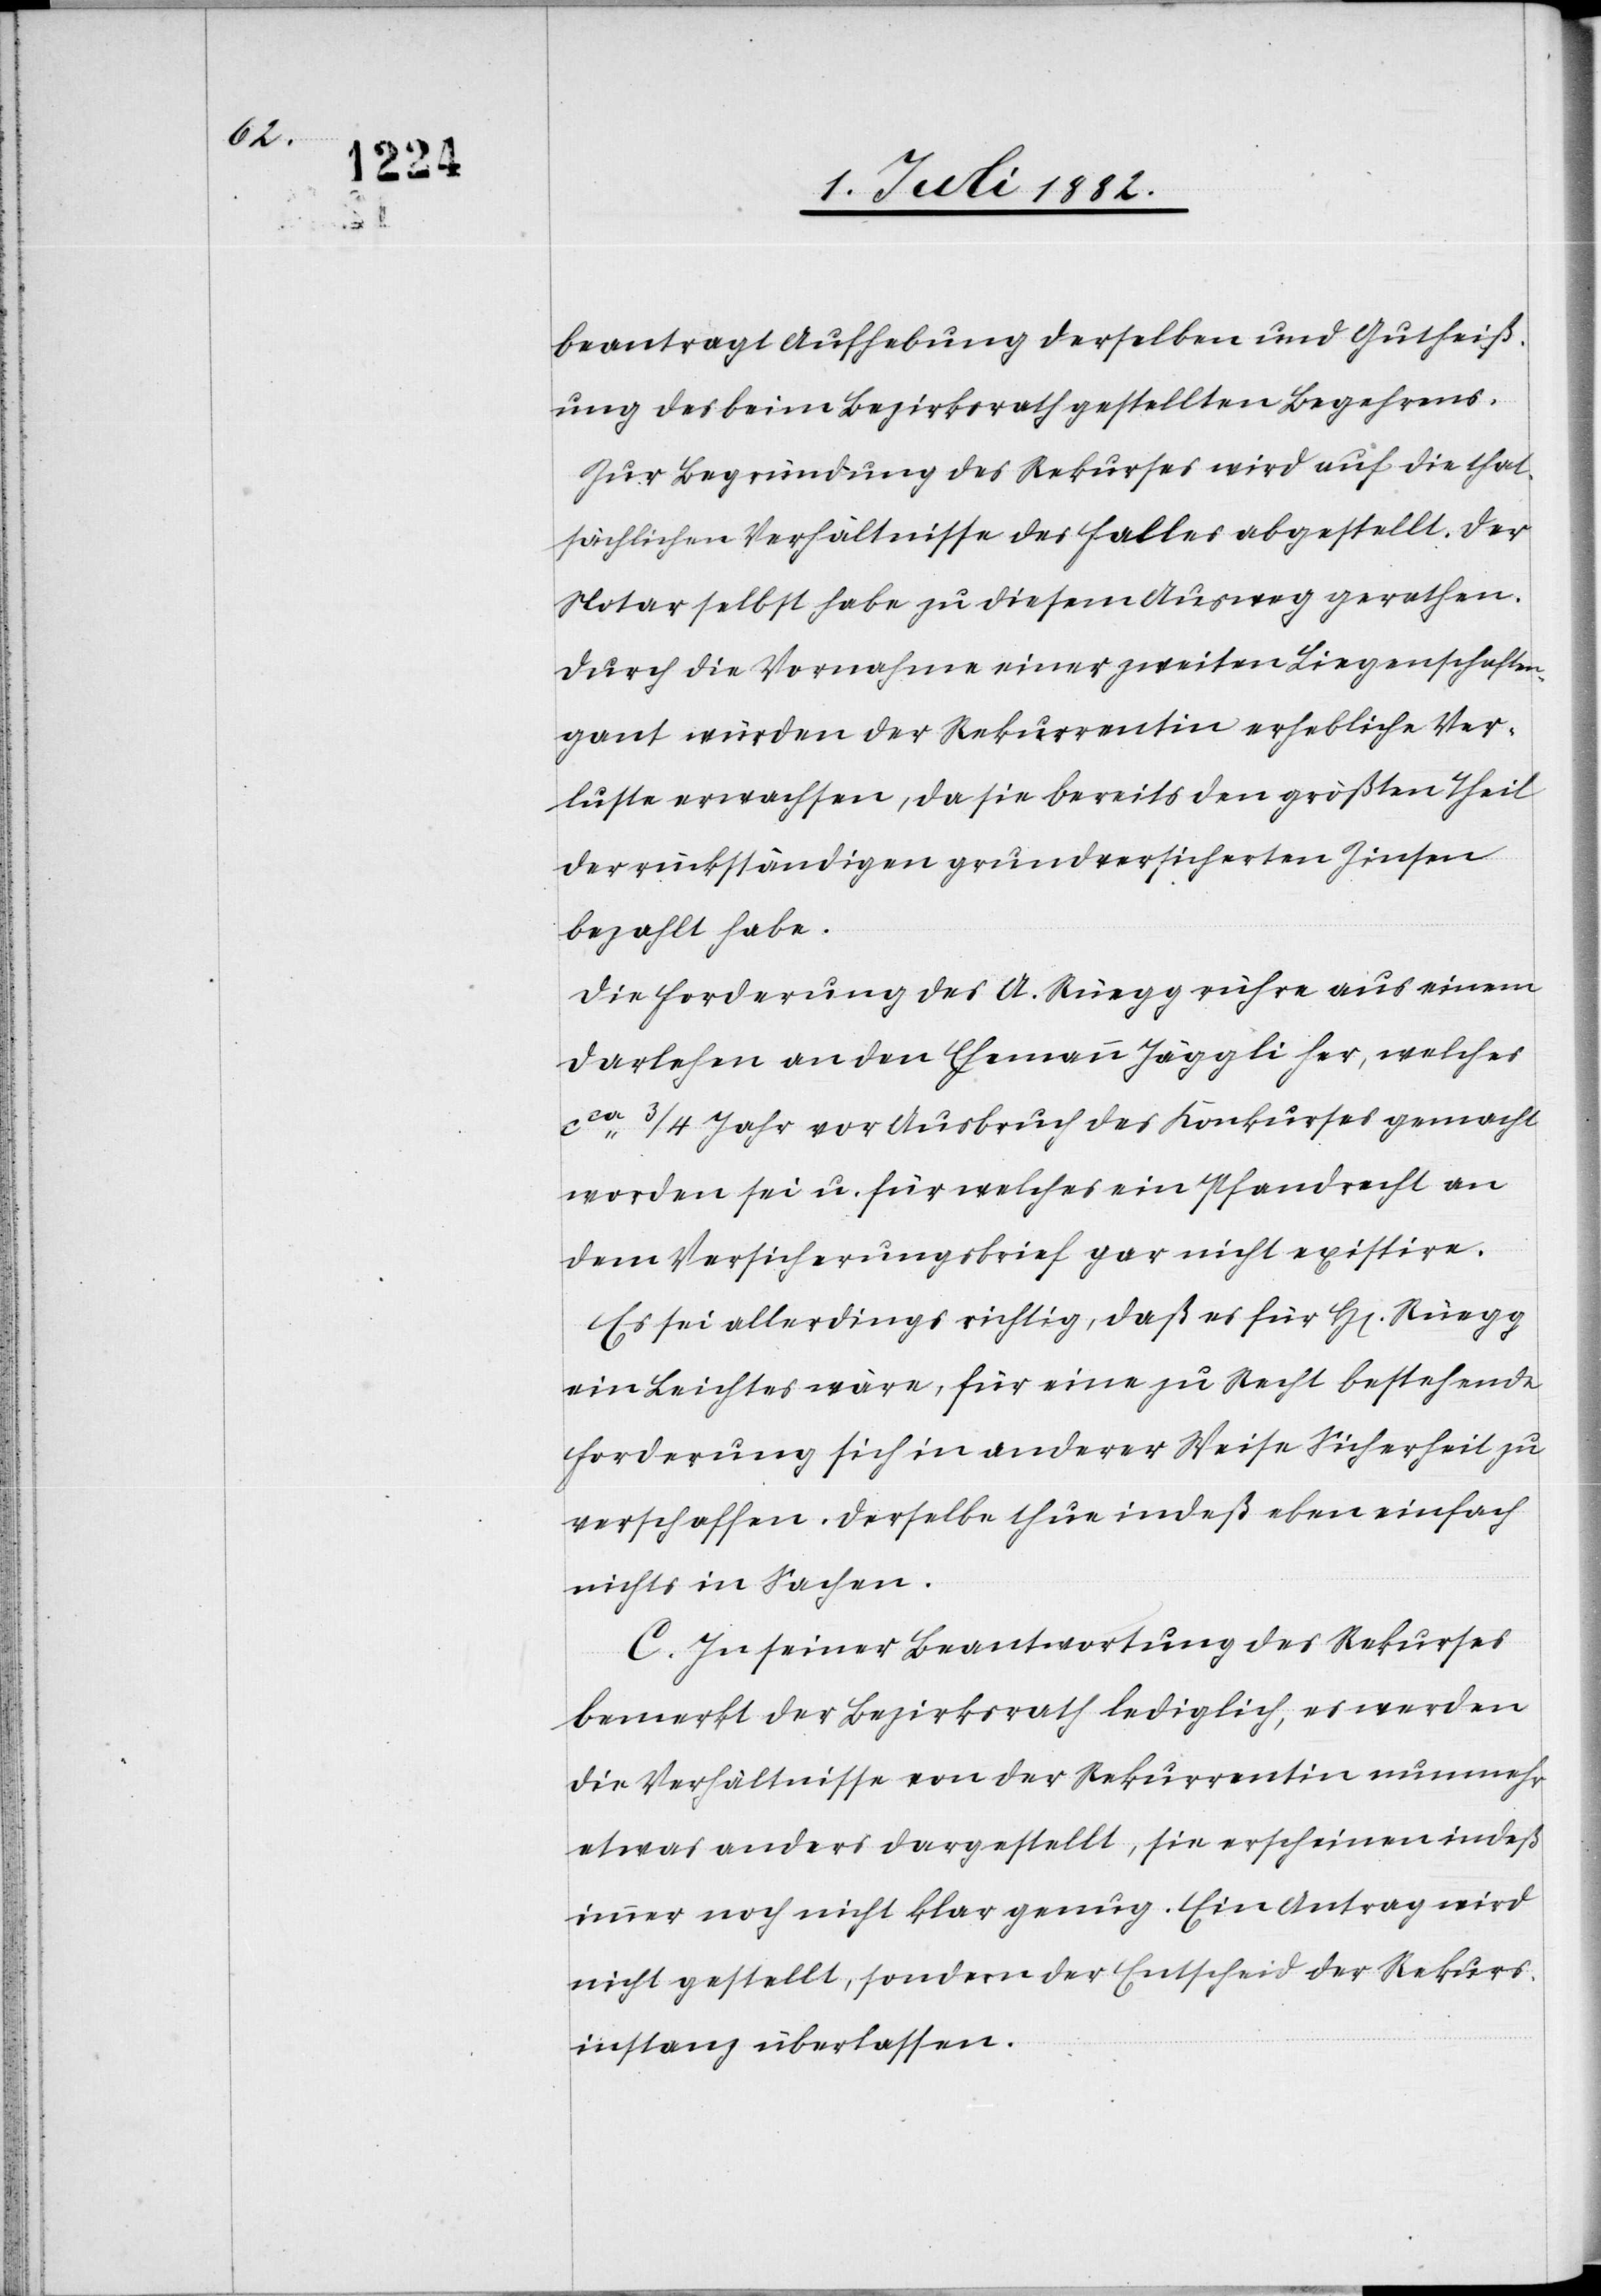
beantragt Aufhebung derselben und Gutheiß¬
ung des beim Bezirksrath gestellten Begehrens.
Zur Begründung des Rekurses wird auf die that¬
sächlichen Verhältnisse des Falles abgestellt. Der
Notar selbst habe zu diesem Ausweg gerathen.
Durch die Vornahme einer zweiten Liegenschaften¬
gant würden der Rekurrentin erhebliche Ver¬
luste erwachsen, da sie bereits den größten Theil
der rückständigen grundversicherten Zinsen
bezahlt habe.
Die Forderung des A. Rüegg rühre aus einem
Darlehen an den Ehemann Jäggli her, welches
ca 3/4 Jahr vor Ausbruch des Konkurses gemacht
worden sei u. für welches ein Pfandrecht an
dem Versicherungsbrief gar nicht existire.
Es sei allerdings richtig, daß es für H[erren] Rüegg
ein Leichtes wäre, für eine zu Recht bestehende
Forderung sich in anderer Weise Sicherheit zu
verschaffen. Derselbe thue indeß eben einfach
nichts in Sachen.
C. In seiner Beantwortung des Rekurses
bemerkt der Bezirksrath lediglich, es werden
die Verhältnisse von der Rekurrentin nunmehr
etwas anders dargestellt, sie erscheinen indeß
immer noch nicht klar genug. Ein Antrag wird
nicht gestellt, sondern der Entscheid der Rekurs¬
instanz überlassen.